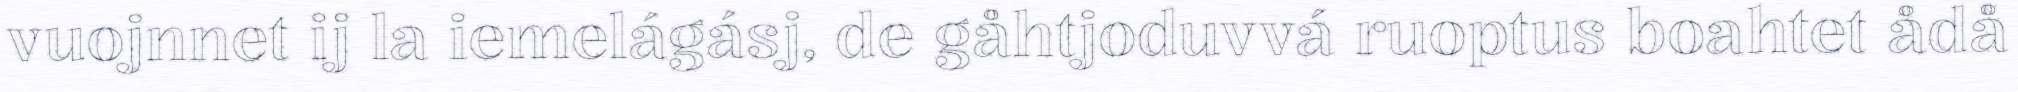
vuojnnet ij la iemelágásj, de gåhtjoduvvá ruoptus boahtet ådå